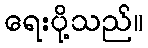
ရေးပို့သည်။